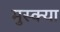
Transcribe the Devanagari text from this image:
मुस्क्या